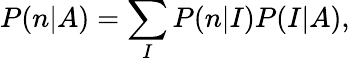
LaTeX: P(n|A)=\sum_{I}P(n|I)P(I|A),